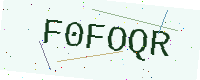
Text: F0FOQR